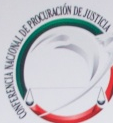
CONFERENCIA NACIONAL DE PROCURACION DE JUSTICIA